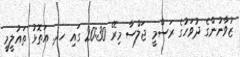
ޒުވާނުންގެ ދުވަހުގެ ރަސްމީ ޖަލްސާ މިރޭ 20:30 ގައި ހދ. އަތޮޅު ތައުލީމީ